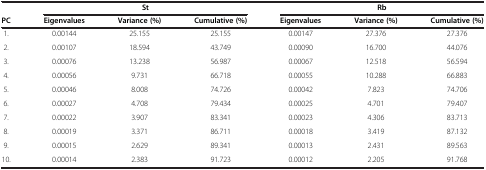
|  | <COLSPAN=3> St | <COLSPAN=3> Rb |
 | PC | Eigenvalues | Variance (%) | Cumulative (%) | Eigenvalues | Variance (%) | Cumulative (%) |
 | --- | --- | --- | --- | --- | --- | --- |
 | 1. | 0.00144 | 25.155 | 25.155 | 0.00147 | 27.376 | 27.376 |
 | 2. | 0.00107 | 18.594 | 43.749 | 0.00090 | 16.700 | 44.076 |
 | 3. | 0.00076 | 13.238 | 56.987 | 0.00067 | 12.518 | 56.594 |
 | 4. | 0.00056 | 9.731 | 66.718 | 0.00055 | 10.288 | 66.883 |
 | 5. | 0.00046 | 8.008 | 74.726 | 0.00042 | 7.823 | 74.706 |
 | 6. | 0.00027 | 4.708 | 79.434 | 0.00025 | 4.701 | 79.407 |
 | 7. | 0.00022 | 3.907 | 83.341 | 0.00023 | 4.306 | 83.713 |
 | 8. | 0.00019 | 3.371 | 86.711 | 0.00018 | 3.419 | 87.132 |
 | 9. | 0.00015 | 2.629 | 89.341 | 0.00013 | 2.431 | 89.563 |
 | 10. | 0.00014 | 2.383 | 91.723 | 0.00012 | 2.205 | 91.768 |